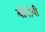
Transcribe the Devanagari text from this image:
बीपीपी